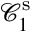
\mathcal { C } _ { 1 } ^ { \mathrm { s } }